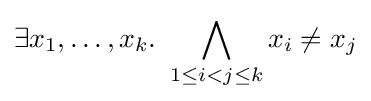
\exists x_{1},\ldots ,x_{k}.\ \bigwedge _{1\leq i<j\leq k}x_{i}\neq x_{j}